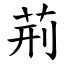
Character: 荊